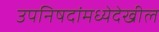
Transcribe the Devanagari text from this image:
उपनिषदांमध्येदेखील